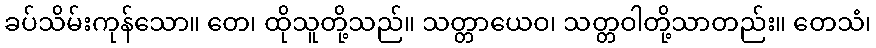
ခပ်သိမ်းကုန်သော။ တေ၊ ထိုသူတို့သည်။ သတ္တာယေဝ၊ သတ္တဝါတို့သာတည်း။ တေသံ၊